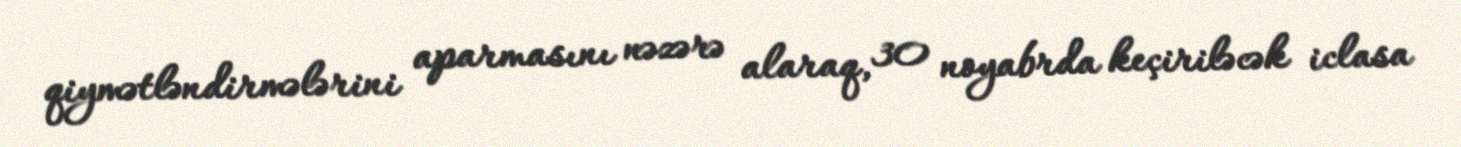
qiymətləndirmələrini aparmasını nəzərə alaraq, 30 noyabrda keçiriləcək iclasa